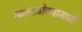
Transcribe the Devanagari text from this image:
समाजजीवनामध्ये